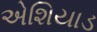
એશિયાડ